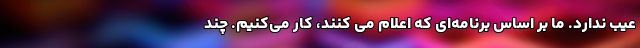
عیب ندارد. ما بر اساس برنامه‌ای که اعلام می کنند، کار می‌کنیم. چند